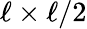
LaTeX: \ell\times\ell/2